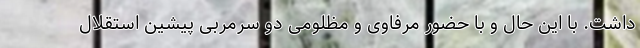
داشت. با این حال و با حضور مرفاوی و مظلومی دو سرمربی پیشین استقلال